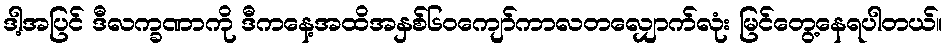
ဒါ့အပြင် ဒီလက္ခဏာကို ဒီကနေ့အထိအနှစ်၆ဝကျော်ကာလတလျှောက်လုံး မြင်တွေ့နေရပါတယ်။